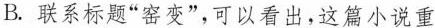
B.联系标题“窑变”，可以看出，这篇小说重